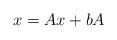
LaTeX: \begin{align*} x = Ax + b A \end{align*}